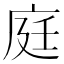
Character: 庭